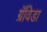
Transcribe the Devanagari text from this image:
ग्रॅविडा